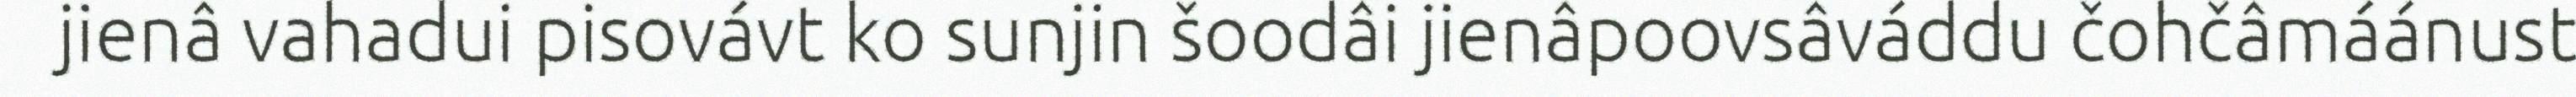
jienâ vahadui pisovávt ko sunjin šoodâi jienâpoovsâváddu čohčâmáánust